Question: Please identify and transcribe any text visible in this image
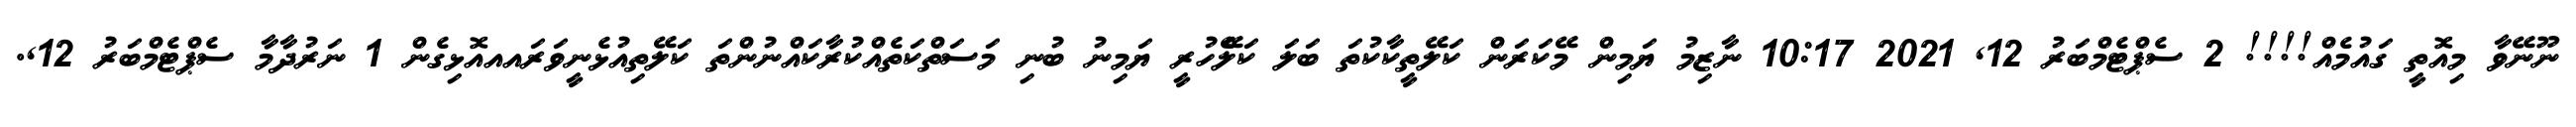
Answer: ނޫނޭވާ މިއޮތީ ގައުމެއް!!!! 2 ސެޕްޓެމްބަރު 12, 2021 10:17 ނާޒިމު ޔަމިން މޭކަރަން ކަލޭތީކާކުތަ ބަލަ ކަލެޭހުރީ ޔަމިނު ބުނި މަސަތްކަތެއްކުރާކައްނުންތަ ކަލޭތިއުޅެނީވަރައއއޮޅިގެން 1 ނަރުދާމާ ސެޕްޓެމްބަރު 12,.